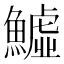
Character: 鱋